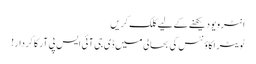
انٹرویو دیکھنے کے لیے کلک کریں
ٹویٹر اکاؤنٹس کی بحالی میں‌ ڈی جی آئی ایس پی آر کا کردار!